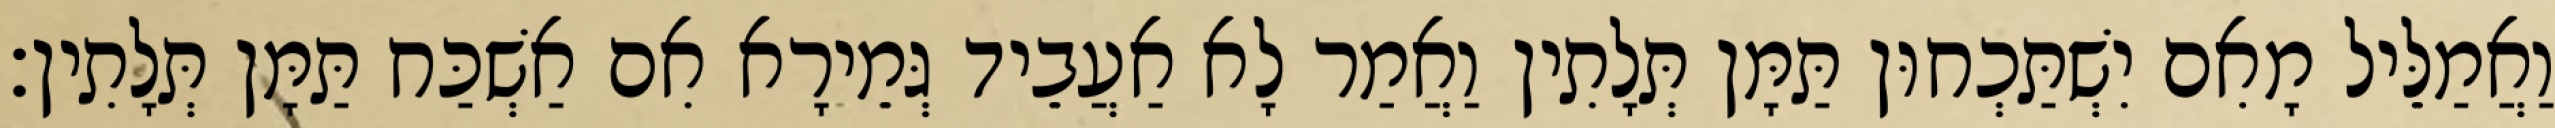
וַאֲמַלֵּיל מָאִם יִשְׁתַּכְחוּן תַּמָּן תְּלָתִין וַאֲמַר לָא אַעֲבֵיד גְּמֵירָא אִם אַשְׁכַּח תַּמָּן תְּלָתִין׃